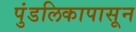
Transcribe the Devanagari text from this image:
पुंडलिकापासून